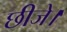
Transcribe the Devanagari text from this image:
छीजे।